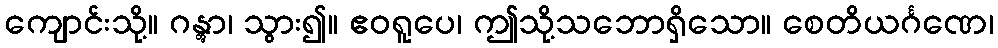
ကျောင်းသို့။ ဂန္တွာ၊ သွား၍။ ဧဝရူပေ၊ ဤသို့သဘောရှိသော။ စေတိယင်္ဂဏေ၊